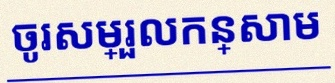
ចូរសម្រួលកន្សោម